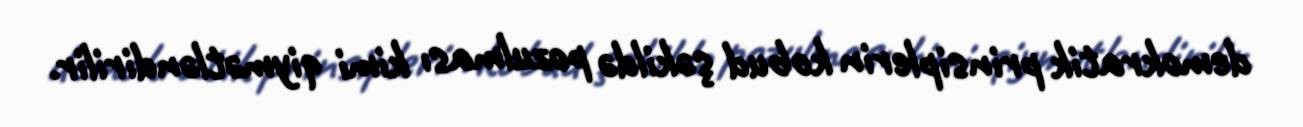
demokratik prinsiplerin kobud şəkildə pozulması kimi qiymətləndirilir.